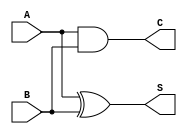
module current_mode_half_adder (
    input wire A,    // Current input A
    input wire B,    // Current input B
    output wire S,   // Current output Sum
    output wire C    // Current output Carry
);

// Logic for Sum (S = A XOR B)
assign S = A ^ B; // XOR operation

// Logic for Carry (C = A AND B)
assign C = A & B; // AND operation

endmodule